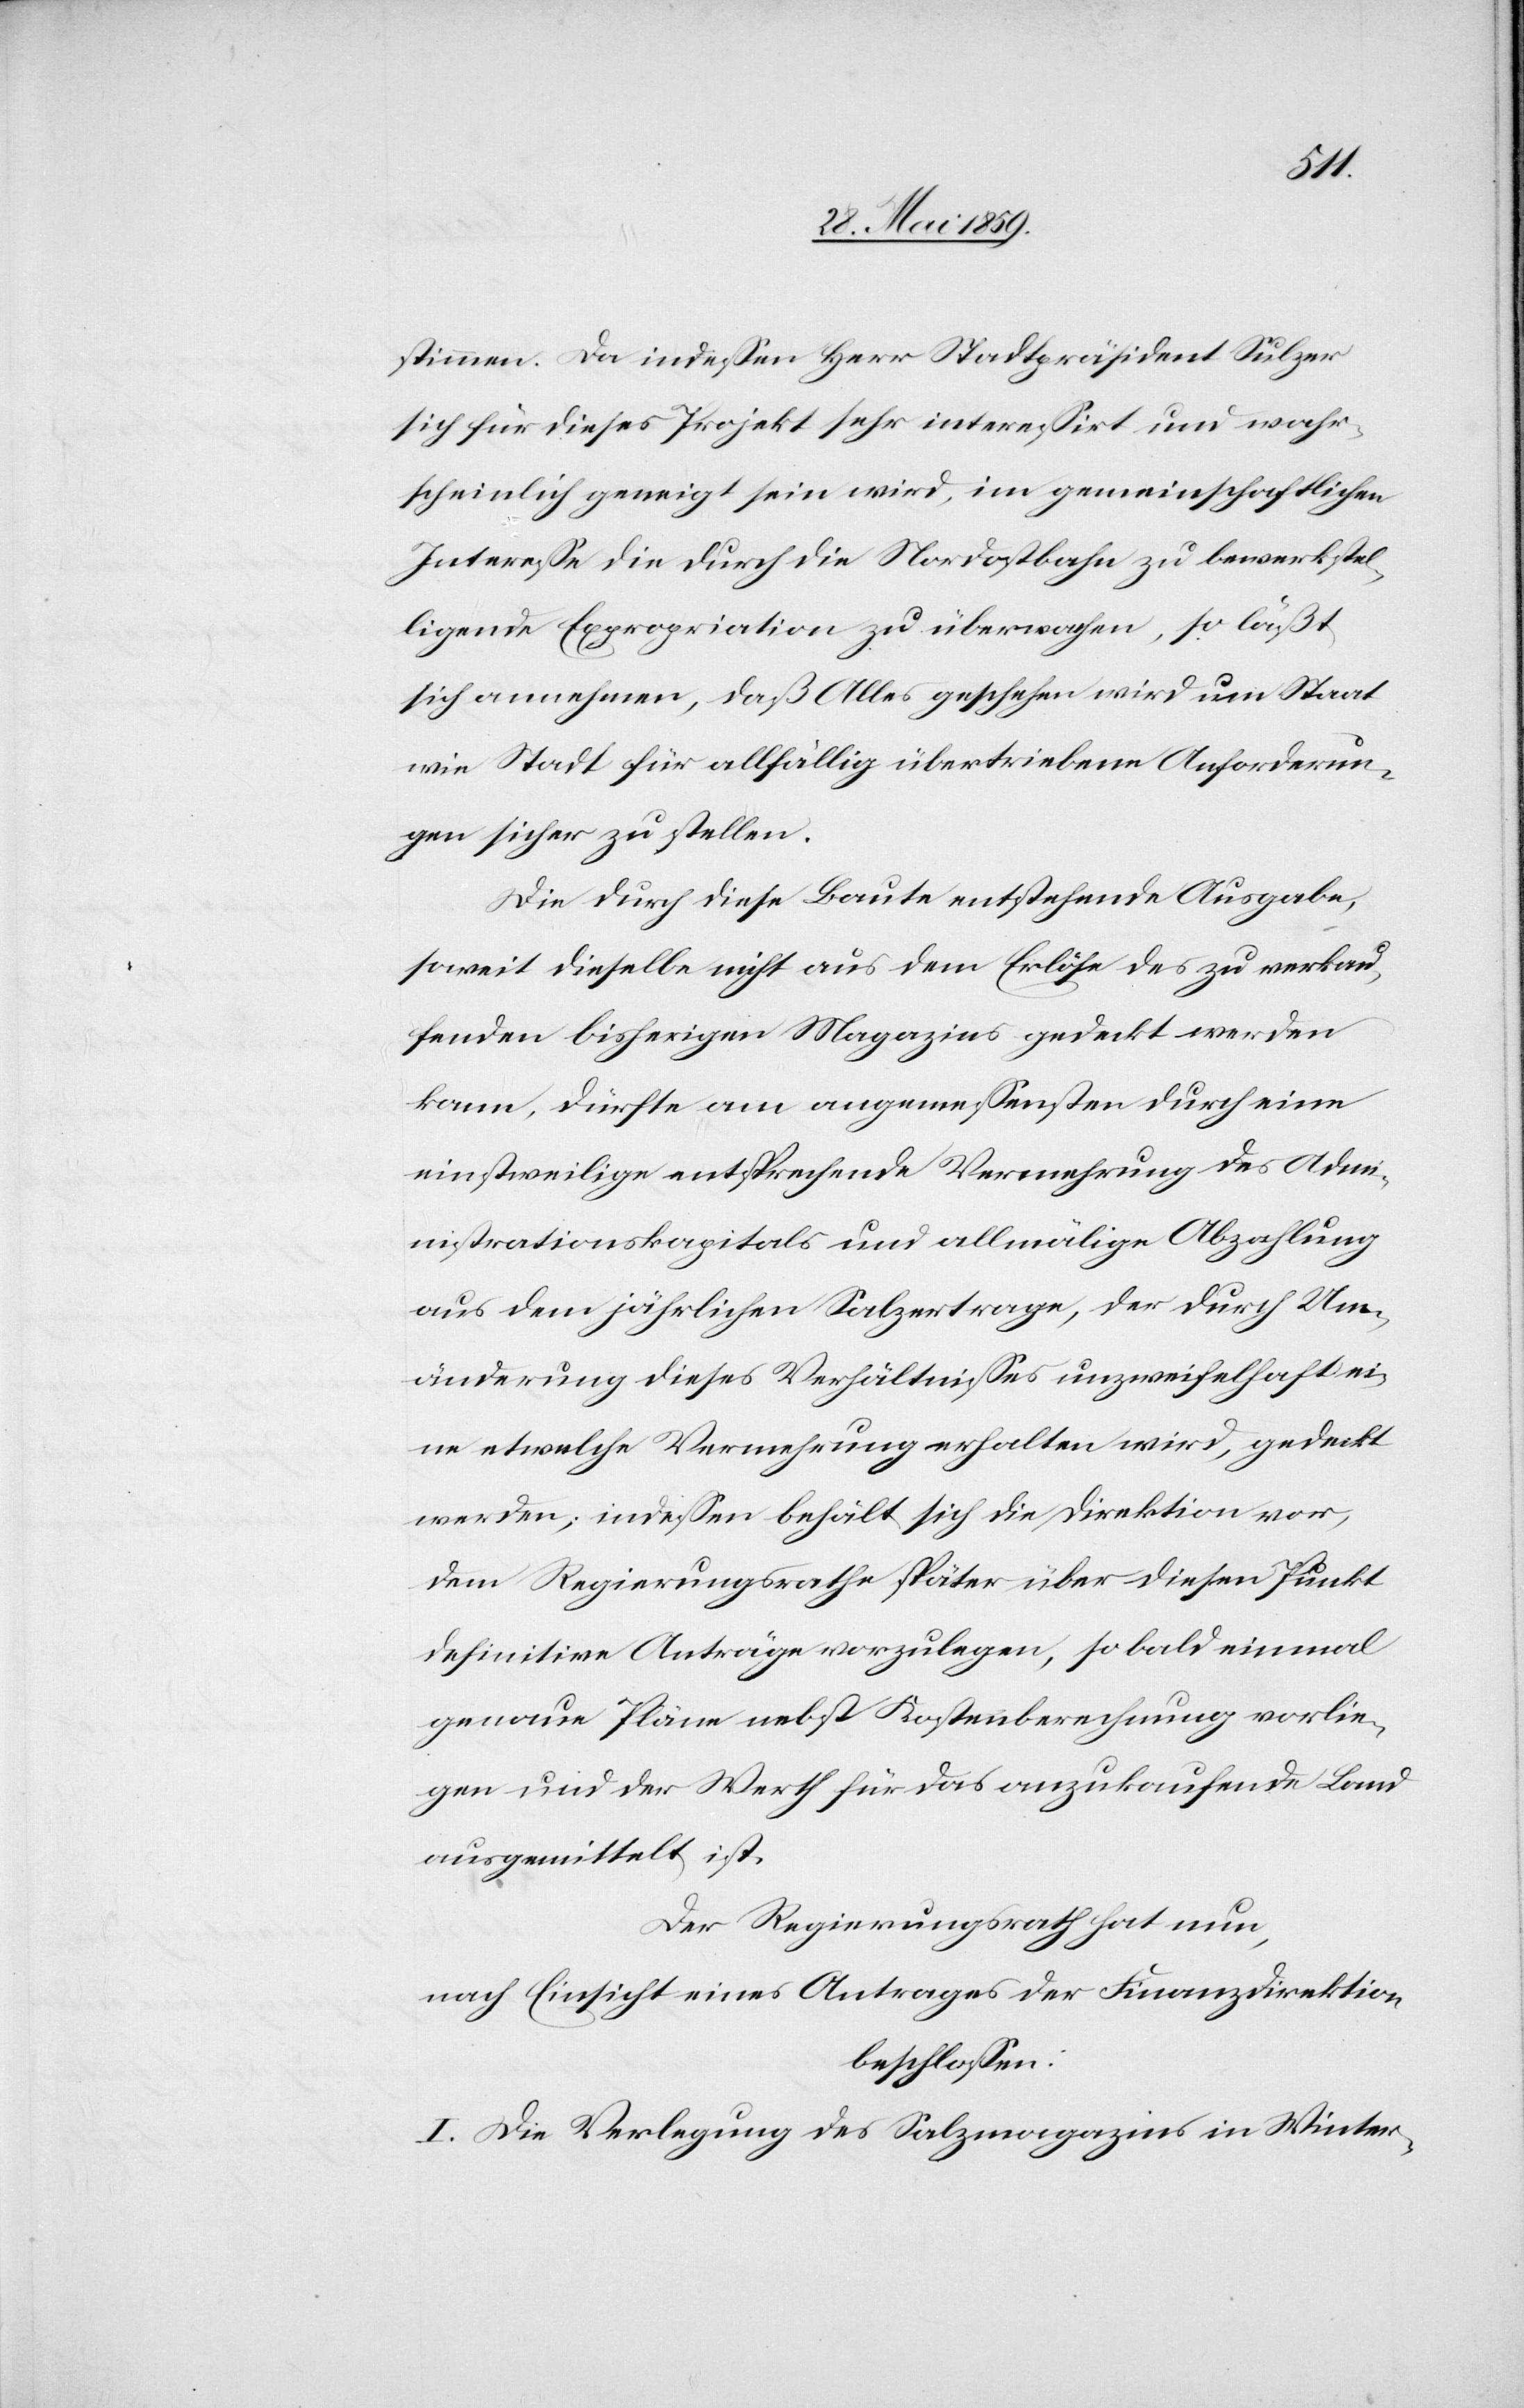
stimmen. Da indessen Herr Stadtpräsident Sulzer
sich für dieses Projekt sehr interessirt und wahr¬
scheinlich geneigt sein wird, im gemeinschaftlichen
Interesse die durch die Nordostbahn zu bewerkstel¬
ligende Expropriation zu überwachen, so läßt
sich annehmen, daß Alles geschehen wird um Staat
wie Stadt für allfällig übertriebene Anforderun¬
gen sicher zu stellen.
Die durch diese Baute entstehende Ausgabe,
soweit dieselbe nicht aus dem Erlöse des zu verkau¬
fenden bisherigen Magazins gedeckt werden
kann, dürfte am angemessensten durch eine
einstweilige entsprechende Vermehrung des Adm¬
inistrationskapitals und allmälige Abzahlung
aus dem jährlichen Salzertrage, der durch Um¬
änderung dieses Verhältnisses unzweifelhaft ei¬
ne etwelche Vermehrung erhalten wird, gedeckt
werden; indessen behält sich die Direktion vor,
dem Regierungsrathe später über diesen Punkt
definitive Anträge vorzulegen, so bald einmal
genaue Pläne nebst Kostenberechnung vorlie¬
gen und der Werth für das anzukaufende Land
ausgemittelt ist.
Der Regierungsrath hat nun,
nach Einsicht eines Antrages der Finanzdirektion
beschlossen:
I. Die Verlegung des Salzmagazins in Winter-